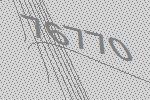
76770